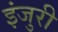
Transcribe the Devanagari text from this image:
इंजुरी